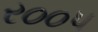
ર૦૦પ